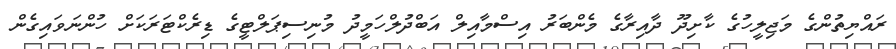
ރައްޔިތުންގެ މަޖިލީހުގެ ކާށިދޫ ދާއިރާގެ މެންބަރު އިސްމާއިލް އަބްދުލްހަމީދު މުނިސިޕަލްޓީގެ ޑިރެކްޓަރަކަށް ހުންނަވައިގެން